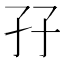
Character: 孖